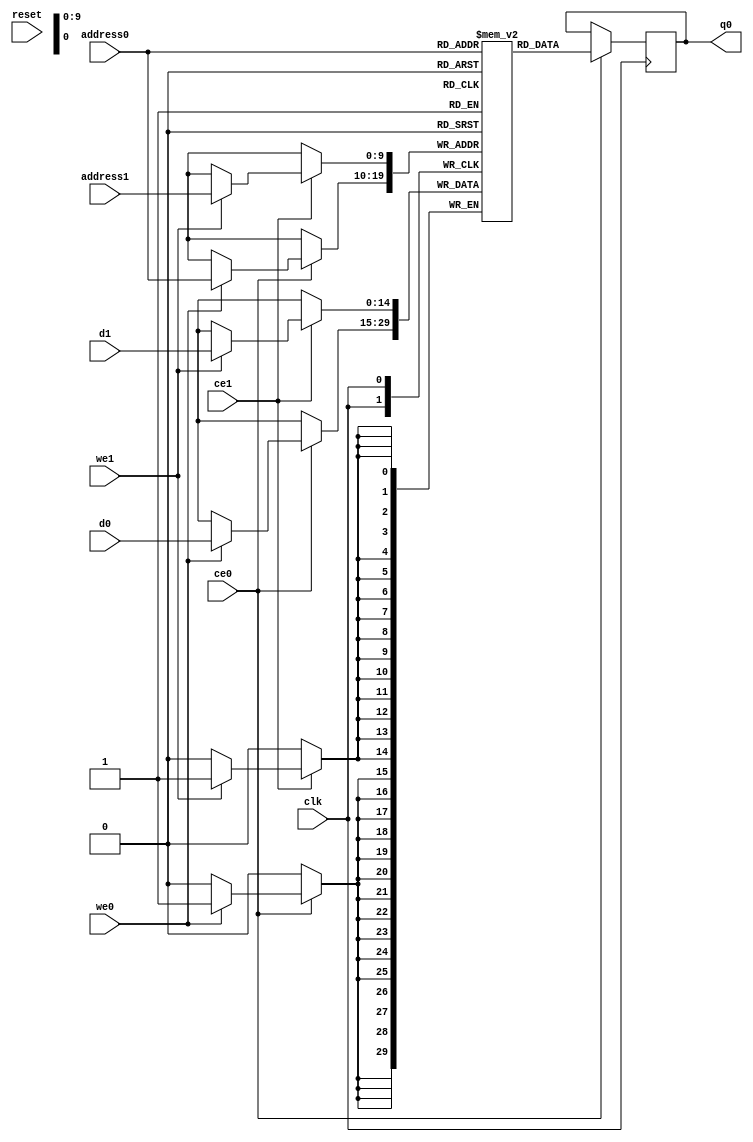
// ==============================================================
// Vitis HLS - High-Level Synthesis from C, C++ and OpenCL v2022.2 (64-bit)
// Version: 2022.2
// Copyright 1986-2022 Xilinx, Inc. All Rights Reserved.
// ==============================================================
`timescale 1 ns / 1 ps
module top_tx_adding_pilot_pilot_sym_M_real_V_RAM_AUTO_1R1W (
     
    address0, ce0,
    d0, we0, 
    q0, 
      
    address1, ce1,
    d1, we1, 
    
     
    reset, clk);

parameter DataWidth = 15;
parameter AddressWidth = 10;
parameter AddressRange = 1024;
 
input[AddressWidth-1:0] address0;
input ce0;
input[DataWidth-1:0] d0;
input we0; 
output reg[DataWidth-1:0] q0; 
 
input[AddressWidth-1:0] address1;
input ce1;
input[DataWidth-1:0] d1;
input we1; 


input reset;
input clk;

(* ram_style = "auto"  *)reg [DataWidth-1:0] ram[0:AddressRange-1];


 





//read first
always @(posedge clk)  
begin 
    if (ce0) begin
        if (we0) 
            ram[address0] <= d0; 
        q0 <= ram[address0];

    end
end 
 
  

always @(posedge clk)  
begin 
    if (ce1) begin
        if (we1) 
            ram[address1] <= d1; 
    end
end 



 
 

endmodule